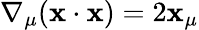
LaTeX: \nabla_{\mu}(\mathbf{x}\cdot\mathbf{x})=2\mathbf{x}_{\mu}